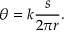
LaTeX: \theta = k { \frac { s } { 2 \pi r } } .